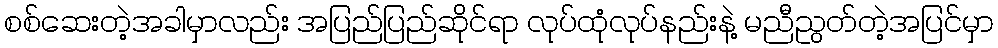
စစ်ဆေးတဲ့အခါမှာလည်း အပြည်ပြည်ဆိုင်ရာ လုပ်ထုံလုပ်နည်းနဲ့ မညီညွတ်တဲ့အပြင်မှာ